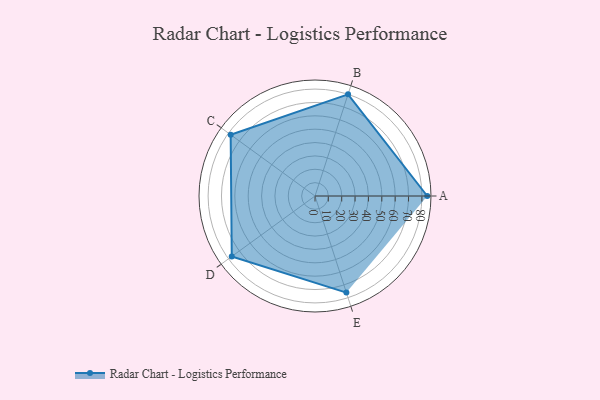
{"axis": {"x": "Skill", "y": "Score"}, "legend": ["Profile"], "data": [{"x": "A", "y": 84.0, "type": "Profile"}, {"x": "B", "y": 80.0, "type": "Profile"}, {"x": "C", "y": 78.0, "type": "Profile"}, {"x": "D", "y": 77.0, "type": "Profile"}, {"x": "E", "y": 76.0, "type": "Profile"}]}